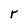
Character: r